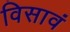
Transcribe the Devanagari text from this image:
विसावं